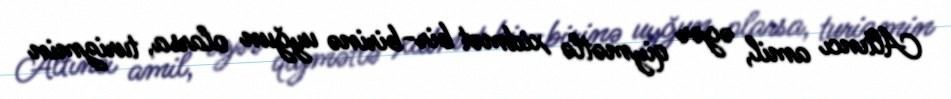
Altıncı amil, əgər qiymətlə xidmət bir-birinə uyğun olarsa, turizmin